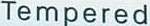
Tempered